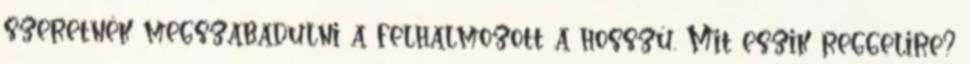
szeretnék megszabadulni a felhalmozott a hosszú. Mit eszik reggelire?